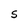
Character: s